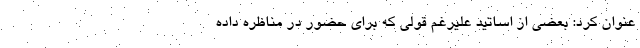
عنوان کرد: بعضی از اساتید علیرغم قولی که برای حضور در مناظره داده